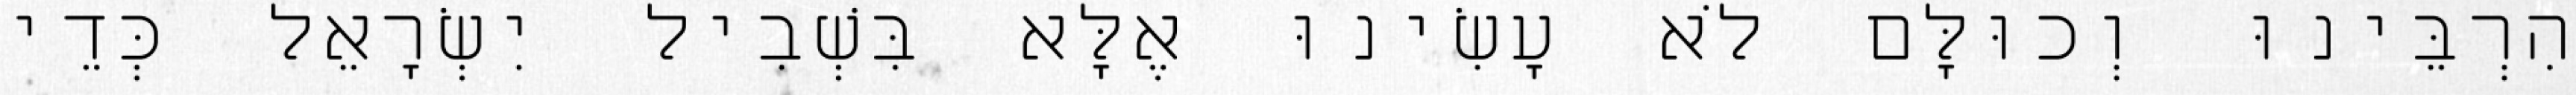
הִרְבֵּינוּ וְכוּלָּם לֹא עָשִׂינוּ אֶלָּא בִּשְׁבִיל יִשְׂרָאֵל כְּדֵי